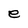
Character: e